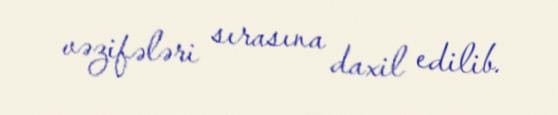
vəzifələri sırasına daxil edilib.